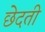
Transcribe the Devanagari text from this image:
छेदती